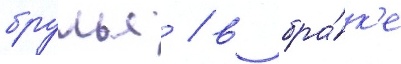
брулья / в бра́к'е